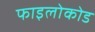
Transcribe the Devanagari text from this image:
फाइलोकोड